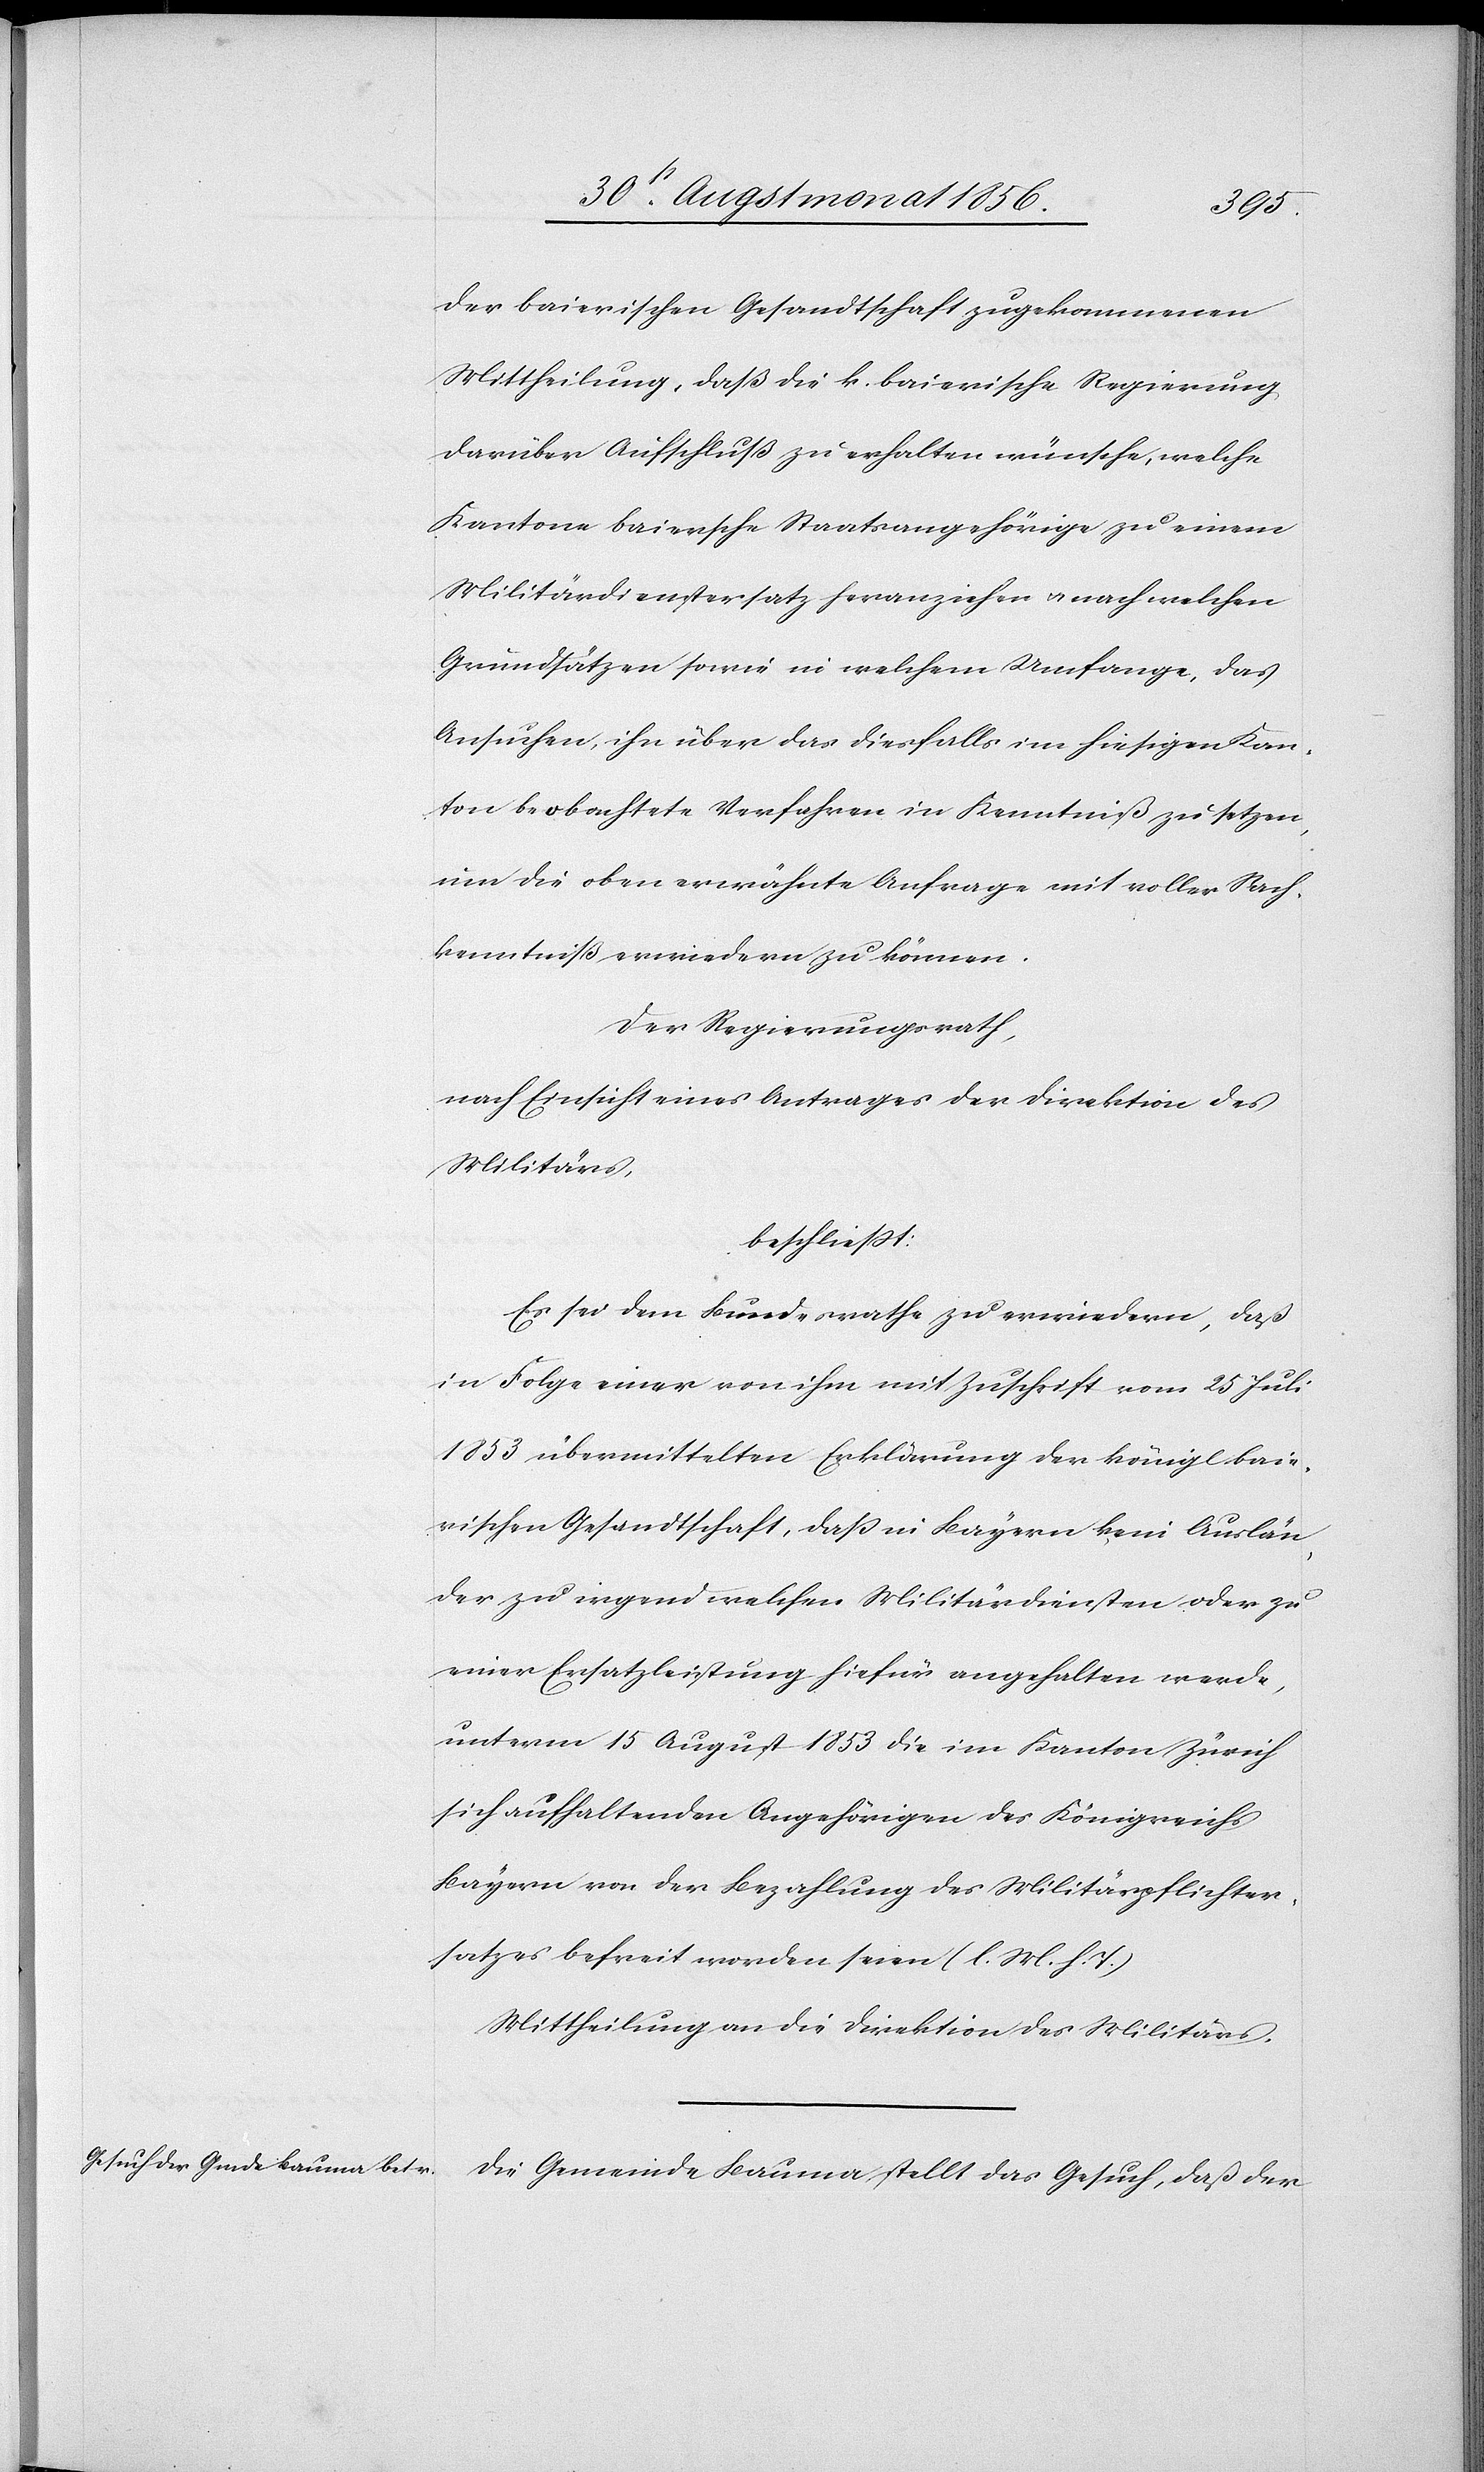
der baierischen Gesandtschaft zugekommenen
Mittheilung, daß die k. baierische Regierung
darüber Aufschluß zu erhalten wünsche, welche
Kantone baiersche Staatsangehörige zu einem
Militärdienstersatz heranziehen u. nach welchen
Grundsätzen sowie in welchem Umfange, das
Ansuchen, ihn über das diesfalls im hiesigen Kan¬
ton beobachtete Verfahren in Kenntniß zu setzen,
um die oben erwähnte Anfrage mit voller Sach¬
kenntniß erwiedern zu können.
Der Regierungsrath,
nach Einsicht eines Antrages der Direktion des
Militärs,
beschliesst:
Es sei dem Bundesrathe zu erwiedern, daß
in Folge einer von ihm mit Zuschrift vom 25 Juli
1853 übermittelten Erklärung der königl baie¬
rischen Gesandtschaft, dass in Bayern kein Auslän¬
der zu irgend welchen Militärdiensten oder zu
einer Ersatzleistung hiefür angehalten werde,
unterm 15 August 1853 die im Kanton Zürich
sich aufhaltenden Angehörigen des Königreichs
Bayern von der Bezahlung des Militärpflichter¬
satzes befreit worden seien. (l. M. h. T.)
Mittheilung an die Direktion des Militärs.
Die Gemeinde Bauma stellt das Gesuch, daß der